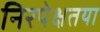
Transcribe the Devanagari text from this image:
निरपेक्षतया